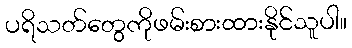
ပရိသတ်တွေကိုဖမ်းစားထားနိုင်သူပါ။